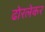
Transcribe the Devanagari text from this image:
ढोरलेकर